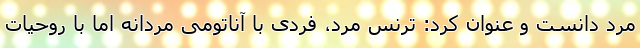
مرد دانست و عنوان کرد: ترنس مرد، فردی با آناتومی مردانه اما با روحیات